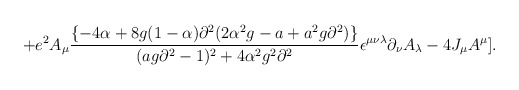
\begin{align*}+e^2A_\mu {{\{-4\alpha+8g(1-\alpha )\partial^2(2\alpha^2g-a+a^2g\partial^2)\}}\over{(ag\partial^2-1)^2+4\alpha^2g^2\partial^2}}\epsilon^{\mu\nu\lambda}\partial_\nu A_\lambda -4J_\mu A^\mu].\end{align*}